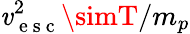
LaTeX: \mathit{v}_{\mathrm{{~e~s~c~}}}^{2}\simT/m_{p}